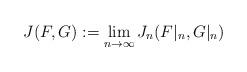
LaTeX: \begin{align*}J(F,G):=\lim_{n\to\infty}J_{n}(F|_n, G|_n)\end{align*}